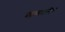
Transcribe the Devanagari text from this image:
माध्यमानेच